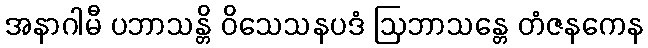
အနာဂါမီ ပဘာသန္တိ ဝိသေသနပဒံ ဩဘာသန္တေ တံဇနကေန